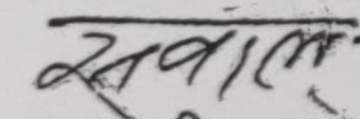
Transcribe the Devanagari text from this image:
सवाल